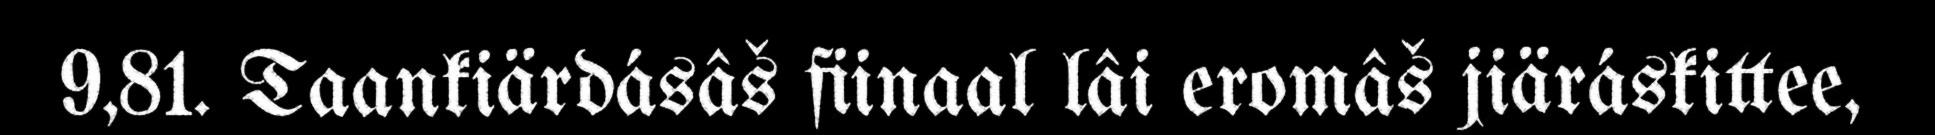
9,81. Taankiärdásâš fiinaal lâi eromâš jiäráskittee,